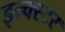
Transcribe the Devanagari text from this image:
इन्क्स्टर